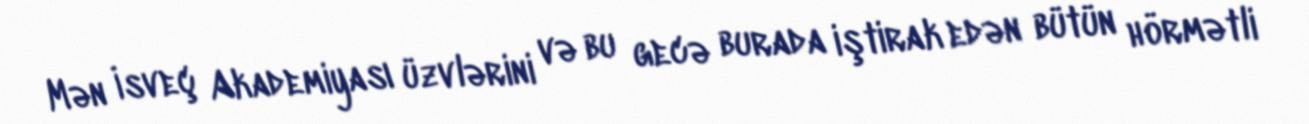
Mən İsveç Akademiyası üzvlərini və bu gecə burada iştirak edən bütün hörmətli